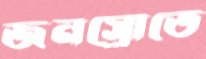
জনস্রোতে